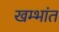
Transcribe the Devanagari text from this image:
खम्भांत